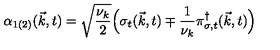
{ \alpha } _ { 1 ( 2 ) } ( { \vec { k } } , t ) = \sqrt { \frac { { \nu } _ { k } } { 2 } } \Big ( { \sigma } _ { t } ( { \vec { k } } , t ) \mp \frac { 1 } { { \nu } _ { k } } { \pi } _ { { \sigma } , t } ^ { \dagger } ( { \vec { k } } , t ) \Big )